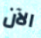
الآن